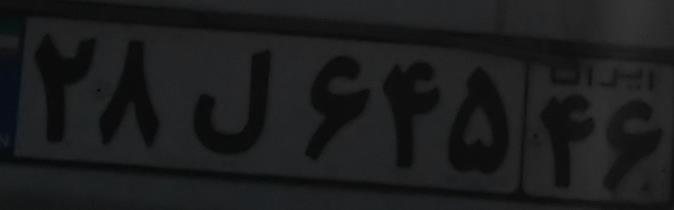
۲۸ل۶۴۵۴۶